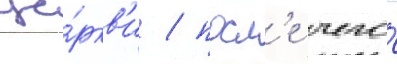
це́ркв'и / посл'е чего́